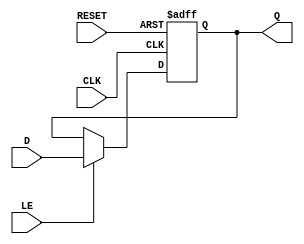
module ControlRegister (
    input wire [WIDTH-1:0] D,       // Data input
    input wire CLK,                  // Clock signal
    input wire RESET,                // Reset signal
    input wire LE,                   // Load Enable signal
    output reg [WIDTH-1:0] Q         // Data output
);
    
    parameter WIDTH = 8;             // Define the width of the control register (default is 8 bits)

    // Asynchronous reset and synchronous load
    always @(posedge CLK or posedge RESET) begin
        if (RESET) begin
            Q <= {WIDTH{1'b0}};       // Set register to 0 on reset
        end else if (LE) begin
            Q <= D;                   // Load data into register on Load Enable
        end
        // If neither reset nor load enable is asserted, hold the previous value
    end

endmodule